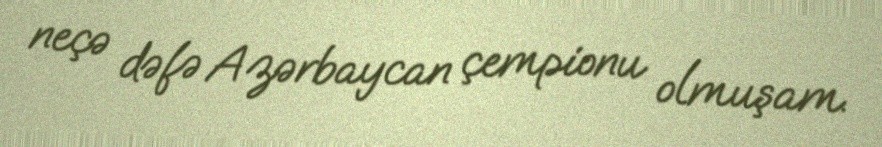
neçə dəfə Azərbaycan çempionu olmuşam.